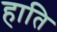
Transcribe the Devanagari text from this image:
हाति